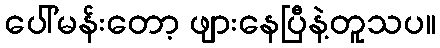
ပေါ်မန်းတော့ ဖျားနေပြီနဲ့တူသပ။